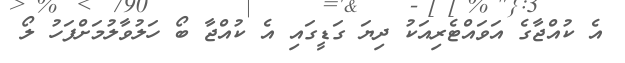
އެ ކުއްޖާގެ އަވައްޓެރިއަކު ދިޔަ ގަޑީގައި އެ ކުއްޖާ ބޯ ހަލުވާލުމަށްފަހު ލޯ